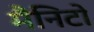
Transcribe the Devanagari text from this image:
मैनिटो